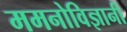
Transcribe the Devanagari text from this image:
ममनोविज्ञानी